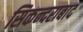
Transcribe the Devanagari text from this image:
सिकन्‍दराबाद